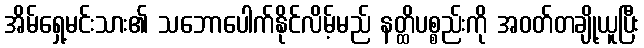
အိမ်ရှေ့မင်းသား၏ သဘောပေါက်နိုင်လိမ့်မည် နတ္ထိပစ္စည်းကို အဝတ်တချို့ယူပြီး